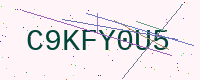
Text: C9KFY0U5